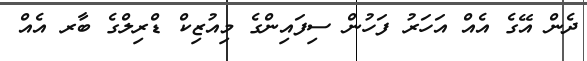
ދެން އޭގެ އެއް އަހަރު ފަހުން ސިފައިންގެ މިއުޒިކް ޑްރިލްގެ ބާރ އެއް